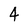
Character: 4